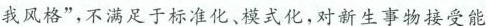
我风格”，不满足于标准化、模式化，对新生事物接受能